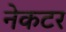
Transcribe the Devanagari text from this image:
नेकटर